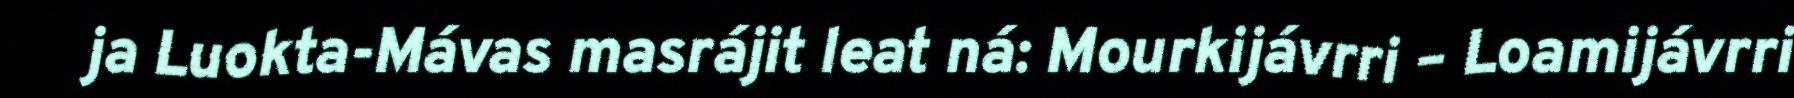
ja Luokta-Mávas masrájit leat ná: Mourkijávrri – Loamijávrri